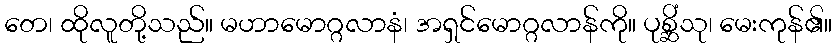
တေ၊ ထိုလူတို့သည်။ မဟာမောဂ္ဂလာနံ၊ အရှင်မောဂ္ဂလာန်ကို။ ပုစ္ဆိံသု၊ မေးကုန်၏။